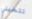
تتخيلي